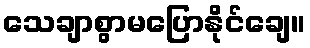
သေချာစွာမပြောနိုင်ချေ။